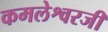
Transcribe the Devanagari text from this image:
कमलेश्वरजी